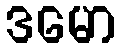
ဒမော